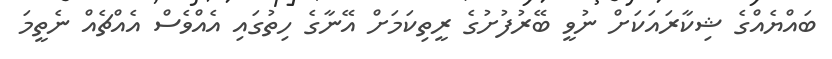
ބައްޔެއްގެ ޝިކާރައަކަށް ނުވީ ބޭރުފުށުގެ ރީތިކަމަށް އޭނާގެ ހިތުގައި އެއްވެސް އެއްޗެއް ނެތީމަ